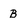
Character: B